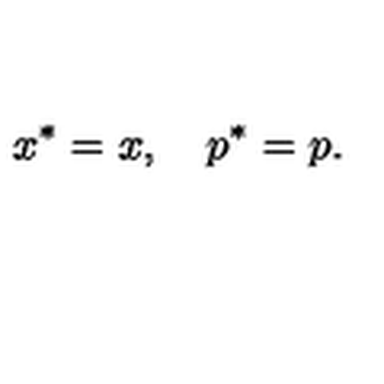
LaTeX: x ^ { \ast } = x , \quad p ^ { \ast } = p .